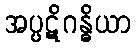
အပ္ပဋိဂန္ဓိယာ